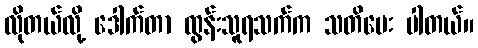
လိုတယ်လို့ ဒေါက်တာ ထွန်းသူရသက်က သတိပေး ပါတယ်။